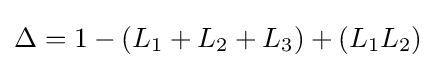
\Delta =1-(L_{1}+L_{2}+L_{3})+(L_{1}L_{2})